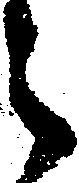
之